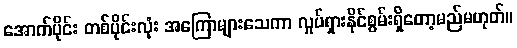
အောက်ပိုင်း တစ်ပိုင်းလုံး အကြောများသေကာ လှုပ်ရှားနိုင်စွမ်းရှိတော့မည်မဟုတ်။